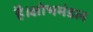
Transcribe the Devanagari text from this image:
है।क्षोभमंडल